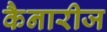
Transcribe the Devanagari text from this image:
कैनारीज